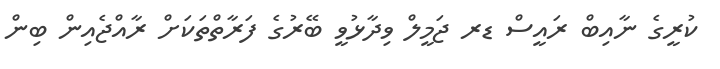
ކުރީގެ ނާއިބް ރައީސް ޑރ ޖަމީލް ވިދާޅުވީ ބޭރުގެ ފަރާތްތަކަށް ރާއްޖެއިން ބިން